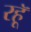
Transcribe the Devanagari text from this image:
रहॅू